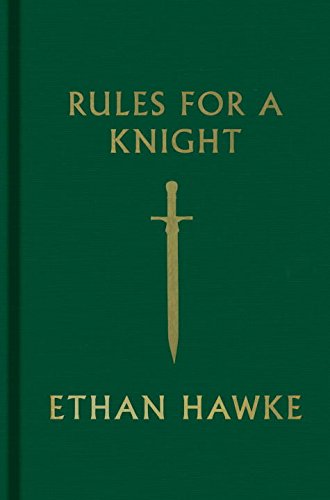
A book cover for Rules for a Knight; Ethan Hawke; Literature & Fiction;